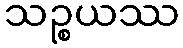
သဉ္စယဿ